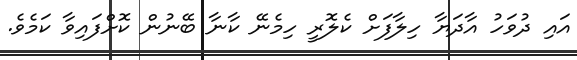
އައި ދުވަހު އާދަޔާ ހިލާފަށް ކެލޮރީ ހިމެނޭ ކާނާ ބޭނުން ކޮށްފައިވާ ކަމެވެ.